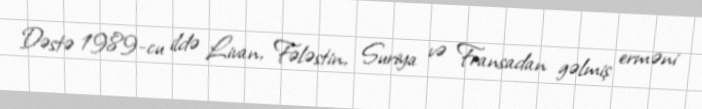
Dəstə 1989-cu ildə Livan, Fələstin, Suriya və Fransadan gəlmiş erməni